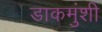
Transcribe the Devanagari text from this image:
डाकमुंशी